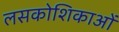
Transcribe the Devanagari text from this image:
लसकोशिकाओं